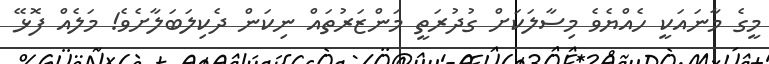
މީގެ މާނައަކީ ހެއްޔެވެ މިސާލަކަށް ގުދުރަތީ މަންޒަރުތައް ނިކަން ދެކިލަބަލާށެވެ! މަލެއް ފޮޅޭ